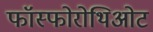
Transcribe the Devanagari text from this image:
फॉस्फोरोथिओट